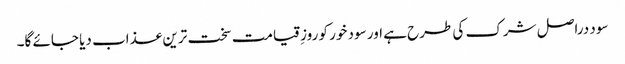
سود دراصل شرک کی طرح ہے اور سود خور کو روزِ قیامت سخت ترین عذاب دیا جائے گا۔